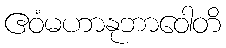
ဧဝံမဟာနုဘာဝေါတိ